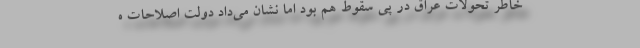
خاطر تحولات عراق در پی سقوط هم بود اما نشان می‌داد دولت اصلاحات ه